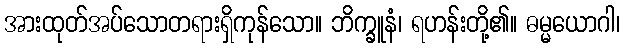
အားထုတ်အပ်သောတရားရှိကုန်သော။ ဘိက္ခူနံ၊ ရဟန်းတို့၏။ ဓမ္မယောဂါ၊